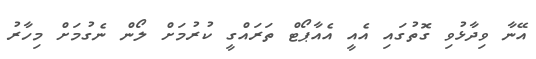
އޭނާ ވިދާޅުވި ގޮތުގައި އެއީ އެއާޕޯޓް ތަރައްގީ ކުރުމަށް ލޯން ނެގުމަށް މިހާރު